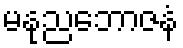
မနုညဘောဇနံ